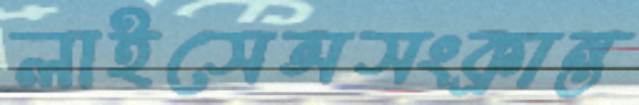
লাইসেন্সসংক্রান্ত